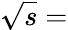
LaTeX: \sqrt{s}=